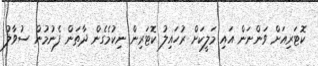
ކޮޓަރިއަށް ވަންނަން އައި މަލީކަށް ރުހައިލު ކޮޓަރިން ނިކުމެގެން ދާތަން ފެނުމުން ސުވާލު